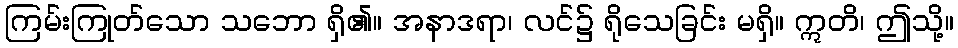
ကြမ်းကြုတ်သော သဘော ရှိ၏။ အနာဒရာ၊ လင်၌ ရိုသေခြင်း မရှိ။ ဣတိ၊ ဤသို့။